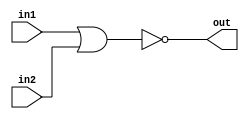
module nor_gate(in1,in2,out);

  input in1,in2;
  output out;

  assign out = ~(in1 || in2);

endmodule